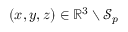
( x , y , z ) \in \mathbb { R } ^ { 3 } \setminus \mathcal { S } _ { p }